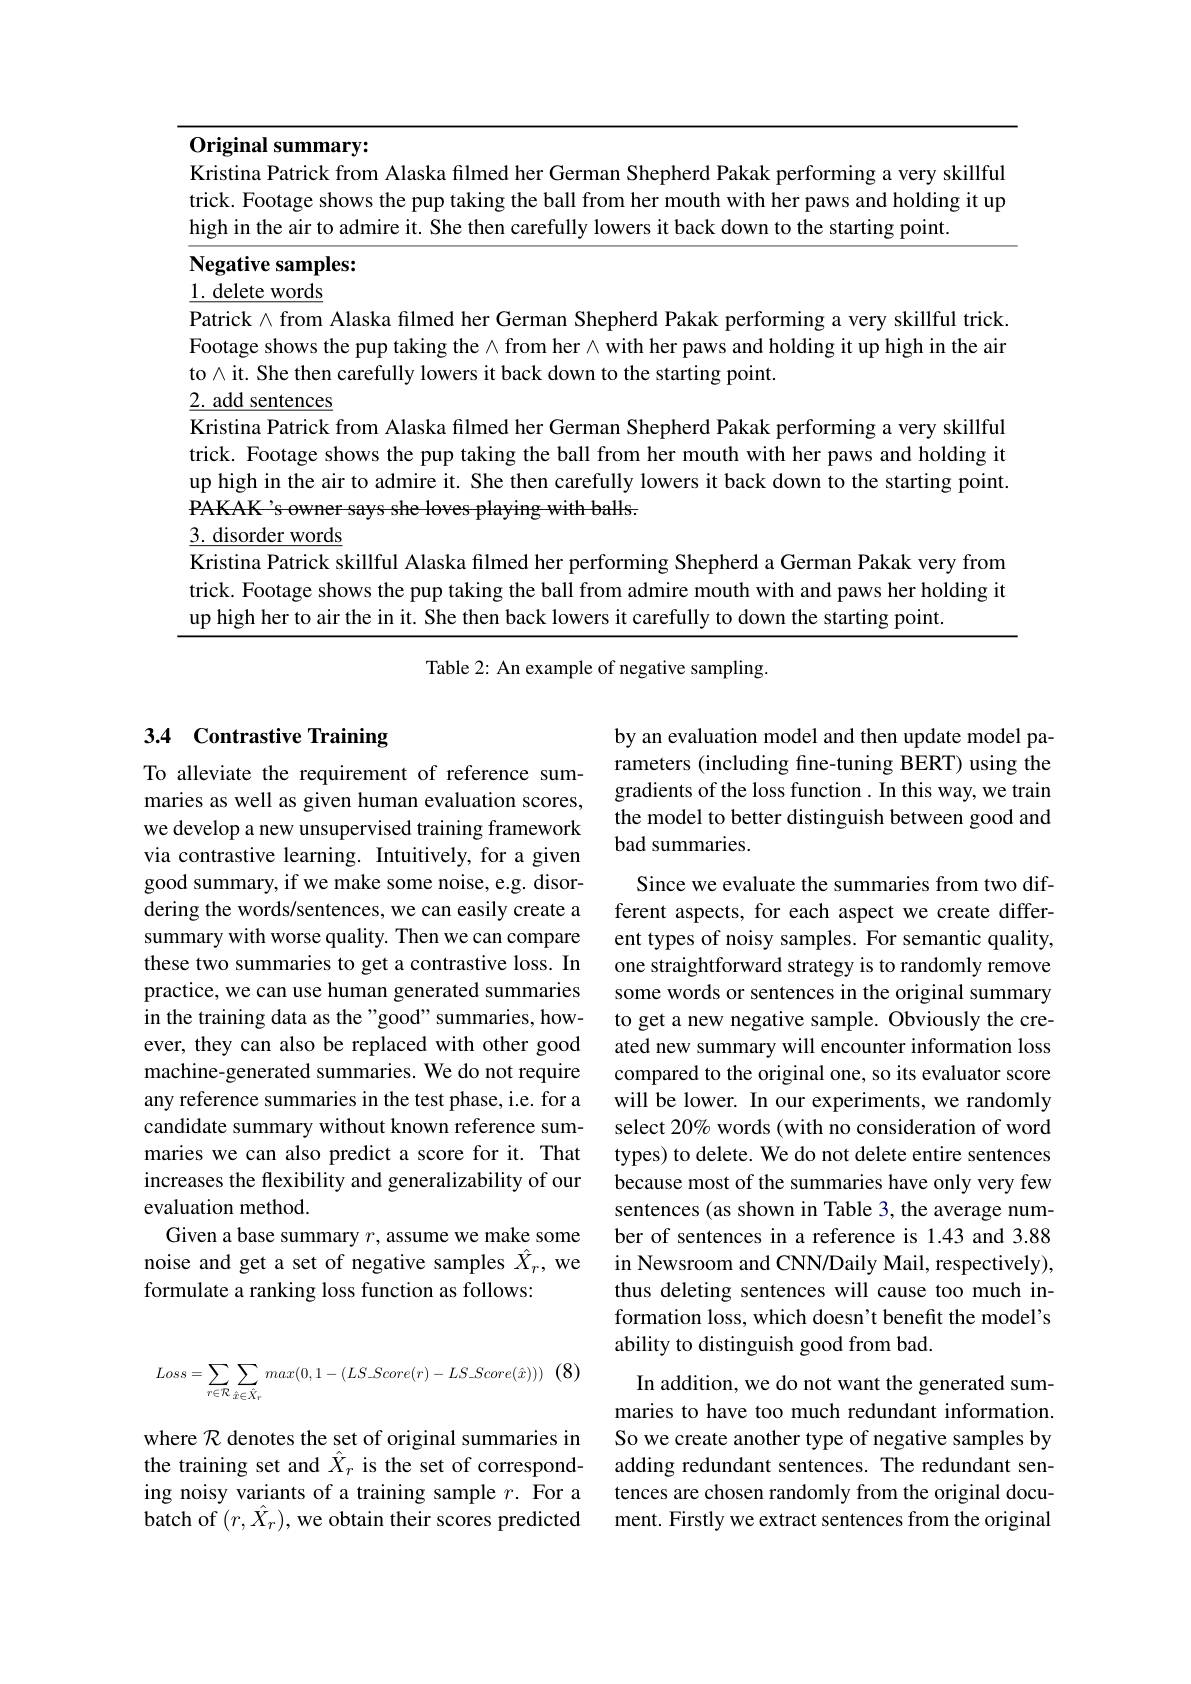
Original summary:
Kristina Patrick from Alaska filmed her German Shepherd Pakak performing a very skillful trick. Footage shows the pup taking the ball from her mouth with her paws and holding it up high in the air to admire it. She then carefully lowers it back down to the starting point.

Negative samples:
$\underline{1.\text{ delete words}}$
Patrick $\wedge$ from Alaska filmed her German Shepherd Pakak performing a very skillful trick. Footage shows the pup taking the $\wedge$ from her $\wedge$ with her paws and holding it up high in the air to $\wedge$ it. She then carefully lowers it back down to the starting point.
$\underline{2.\text{ add sentences}}$
Kristina Patrick from Alaska filmed her German Shepherd Pakak performing a very skillful trick. Footage shows the pup taking the ball from her mouth with her paws and holding it up high in the air to admire it. She then carefully lowers it back down to the starting point. PAKAK's owner says she loves playing with balls.
$\underline{3.\text{ disorder words}}$
Kristina Patrick skillful Alaska filmed her performing Shepherd a German Pakak very from trick. Footage shows the pup taking the ball from admire mouth with and paws her holding it up high her to air the in it. She then back lowers it carefully to down the starting point.

Table 2: An example of negative sampling

## 3.4 Contrastive Training

by an evaluation model and then update model parameters (including fine-tuning BERT) using the gradients of the loss function. In this way, we train the model to better distinguish between good and bad summaries.

To alleviate the requirement of reference summaries as well as given human evaluation scores, we develop a new unsupervised training framework via contrastive learning. Intuitively, for a given good summary, if we make some noise, e.g. disordering the words/sentences, we can easily create a summary with worse quality. Then we can compare these two summaries to get a contrastive loss. In practice, we can use human generated summaries in the training data as the "good" summaries, however, they can also be replaced with other good machine-generated summaries. We do not require any reference summaries in the test phase, i.e. for a candidate summary without known reference summaries we can also predict a score for it. That increases the flexibility and generalizability of our evaluation method.
Given a base summary $r$, assume we make some noise and get a set of negative samples $\hat{X}_r$, we formulate a ranking loss function as follows:

Since we evaluate the summaries from two different aspects, for each aspect we create different types of noisy samples. For semantic quality, one straightforward strategy is to randomly remove some words or sentences in the original summary to get a new negative sample. Obviously the created new summary will encounter information loss compared to the original one, so its evaluator score will be lower. In our experiments, we randomly select 20% words (with no consideration of word types) to delete. We do not delete entire sentences because most of the summaries have only very few sentences (as shown in Table 3, the average number of sentences in a reference is 1.43 and 3.88 in Newsroom and CNN/Daily Mail, respectively), thus deleting sentences will cause too much information loss, which doesn't benefit the model's ability to distinguish good from bad.
In addition, we do not want the generated summaries to have too much redundant information. So we create another type of negative samples by adding redundant sentences. The redundant sentences are chosen randomly from the original document. Firstly we extract sentences from the original

(8)
$$Loss=\sum\limits_{r\in\mathcal R}\sum\limits_{\hat{x}\in\hat{X}_r}max(0,1-(LS_Score(r)-LS_Score(\hat{x})))$$
where $\mathcal{R}$ denotes the set of original summaries in the training set and $\hat{X}_r$ is the set of corresponding noisy variants of a training sample $r.$ For a batch of $(r,\hat{X}_{r})$, we obtain their scores predicted